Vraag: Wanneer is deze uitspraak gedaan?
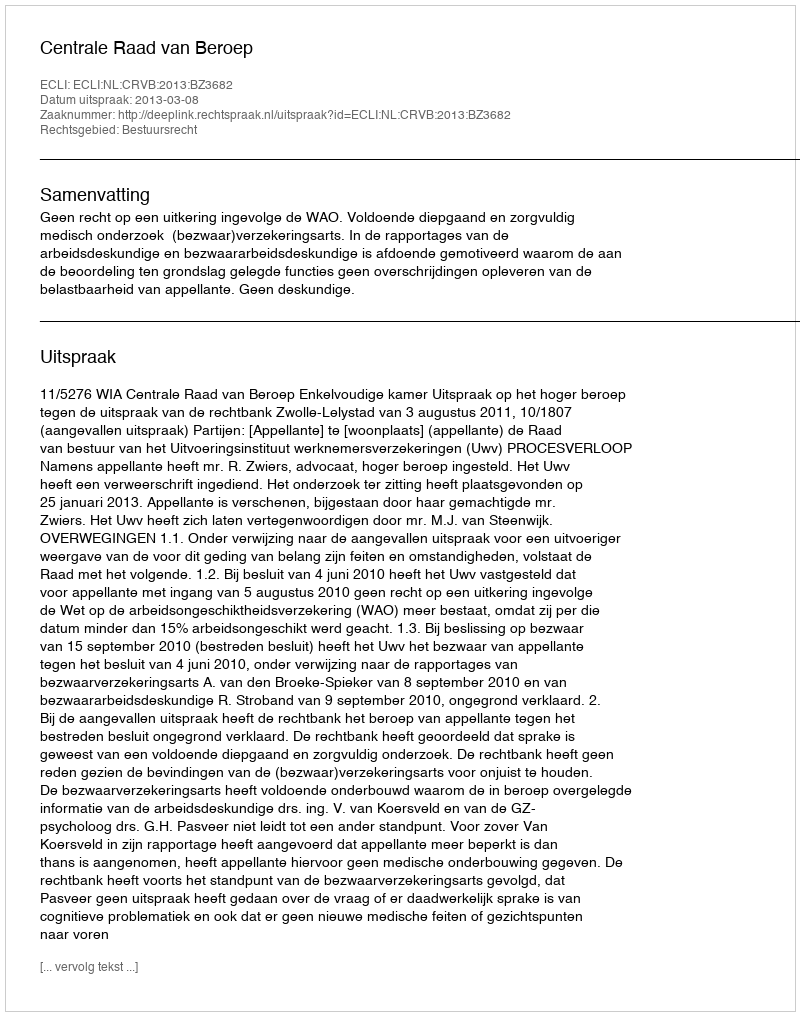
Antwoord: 2013-03-08